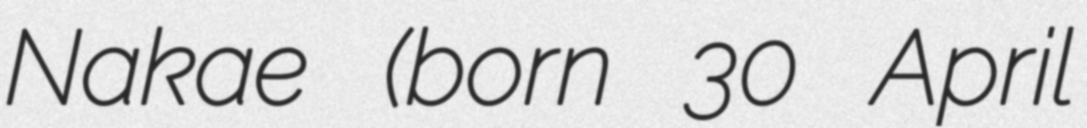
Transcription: Nakae (born 30 April